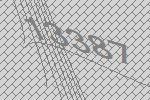
13387